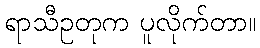
ရာသီဥတုက ပူလိုက်တာ။